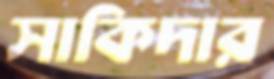
সাকিদার